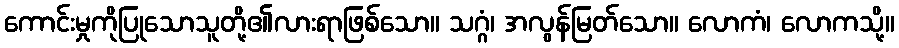
ကောင်းမှုကိုပြုသောသူတို့၏လားရာဖြစ်သော။ သဂ္ဂံ၊ အလွန်မြတ်သော။ လောကံ၊ လောကသို့။